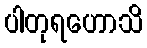
ပါတုရဟောသိ